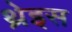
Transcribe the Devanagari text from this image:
थ्रेइस